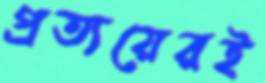
প্রত্যয়েরই